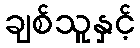
ချစ်သူနှင့်